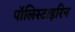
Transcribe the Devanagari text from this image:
पॉलिस्टाइरिन